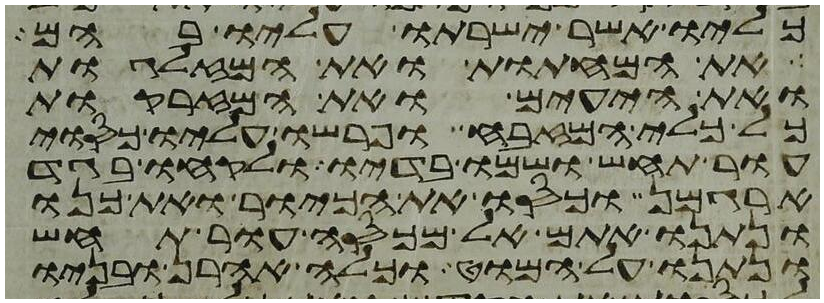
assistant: כליו אשר ישרתו עליו בהם
את המחתות ואת המזלגות
ואת היעים ואת המזרקות
כל כלי המזבח ופרשו עליו כסוי
עור תחש ושמו בדיו ולקחו בגד
ארגמן וכסו את הכיור ואת כנו
ונתנו אתם אל מכסה עור תחש
ונתנו על המוט וכלה אהרן ובניו